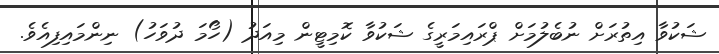
ޝަކުވާ އިތުރަށް ނުބެލުމަށް ޕްރައިމަރީގެ ޝަކުވާ ކޮމިޓީން މިއަދު (ހޯމަ ދުވަހު) ނިންމައިފިއެވެ.